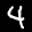
Label: 4